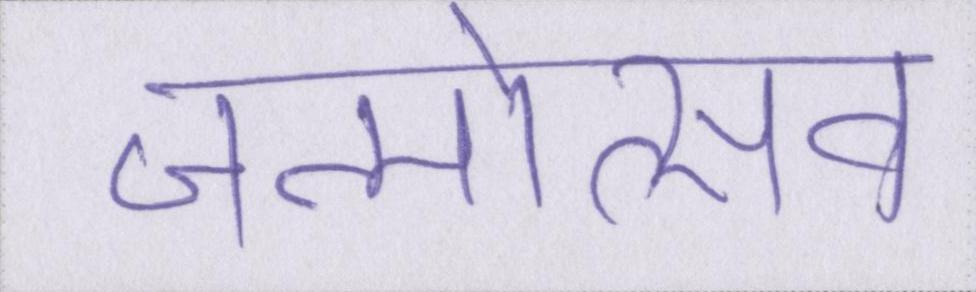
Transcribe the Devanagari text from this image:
जन्मोत्सव